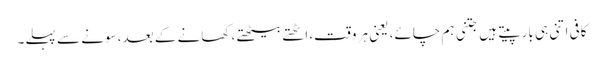
کافی اتنی ہی بار پیتے ہیں جتنی ہم چائے، یعنی ہر وقت، اٹھتے بیٹھتے، کھانے کے بعد، سونے سے پہلے۔